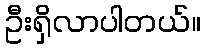
ဦးရှိလာပါတယ်။